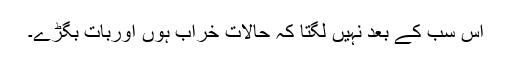
اس سب کے بعد نہیں لگتا کہ حالات خراب ہوں اوربات بگڑے۔